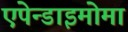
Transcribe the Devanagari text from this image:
एपेन्डाइमोमा